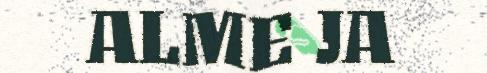
ALME JA